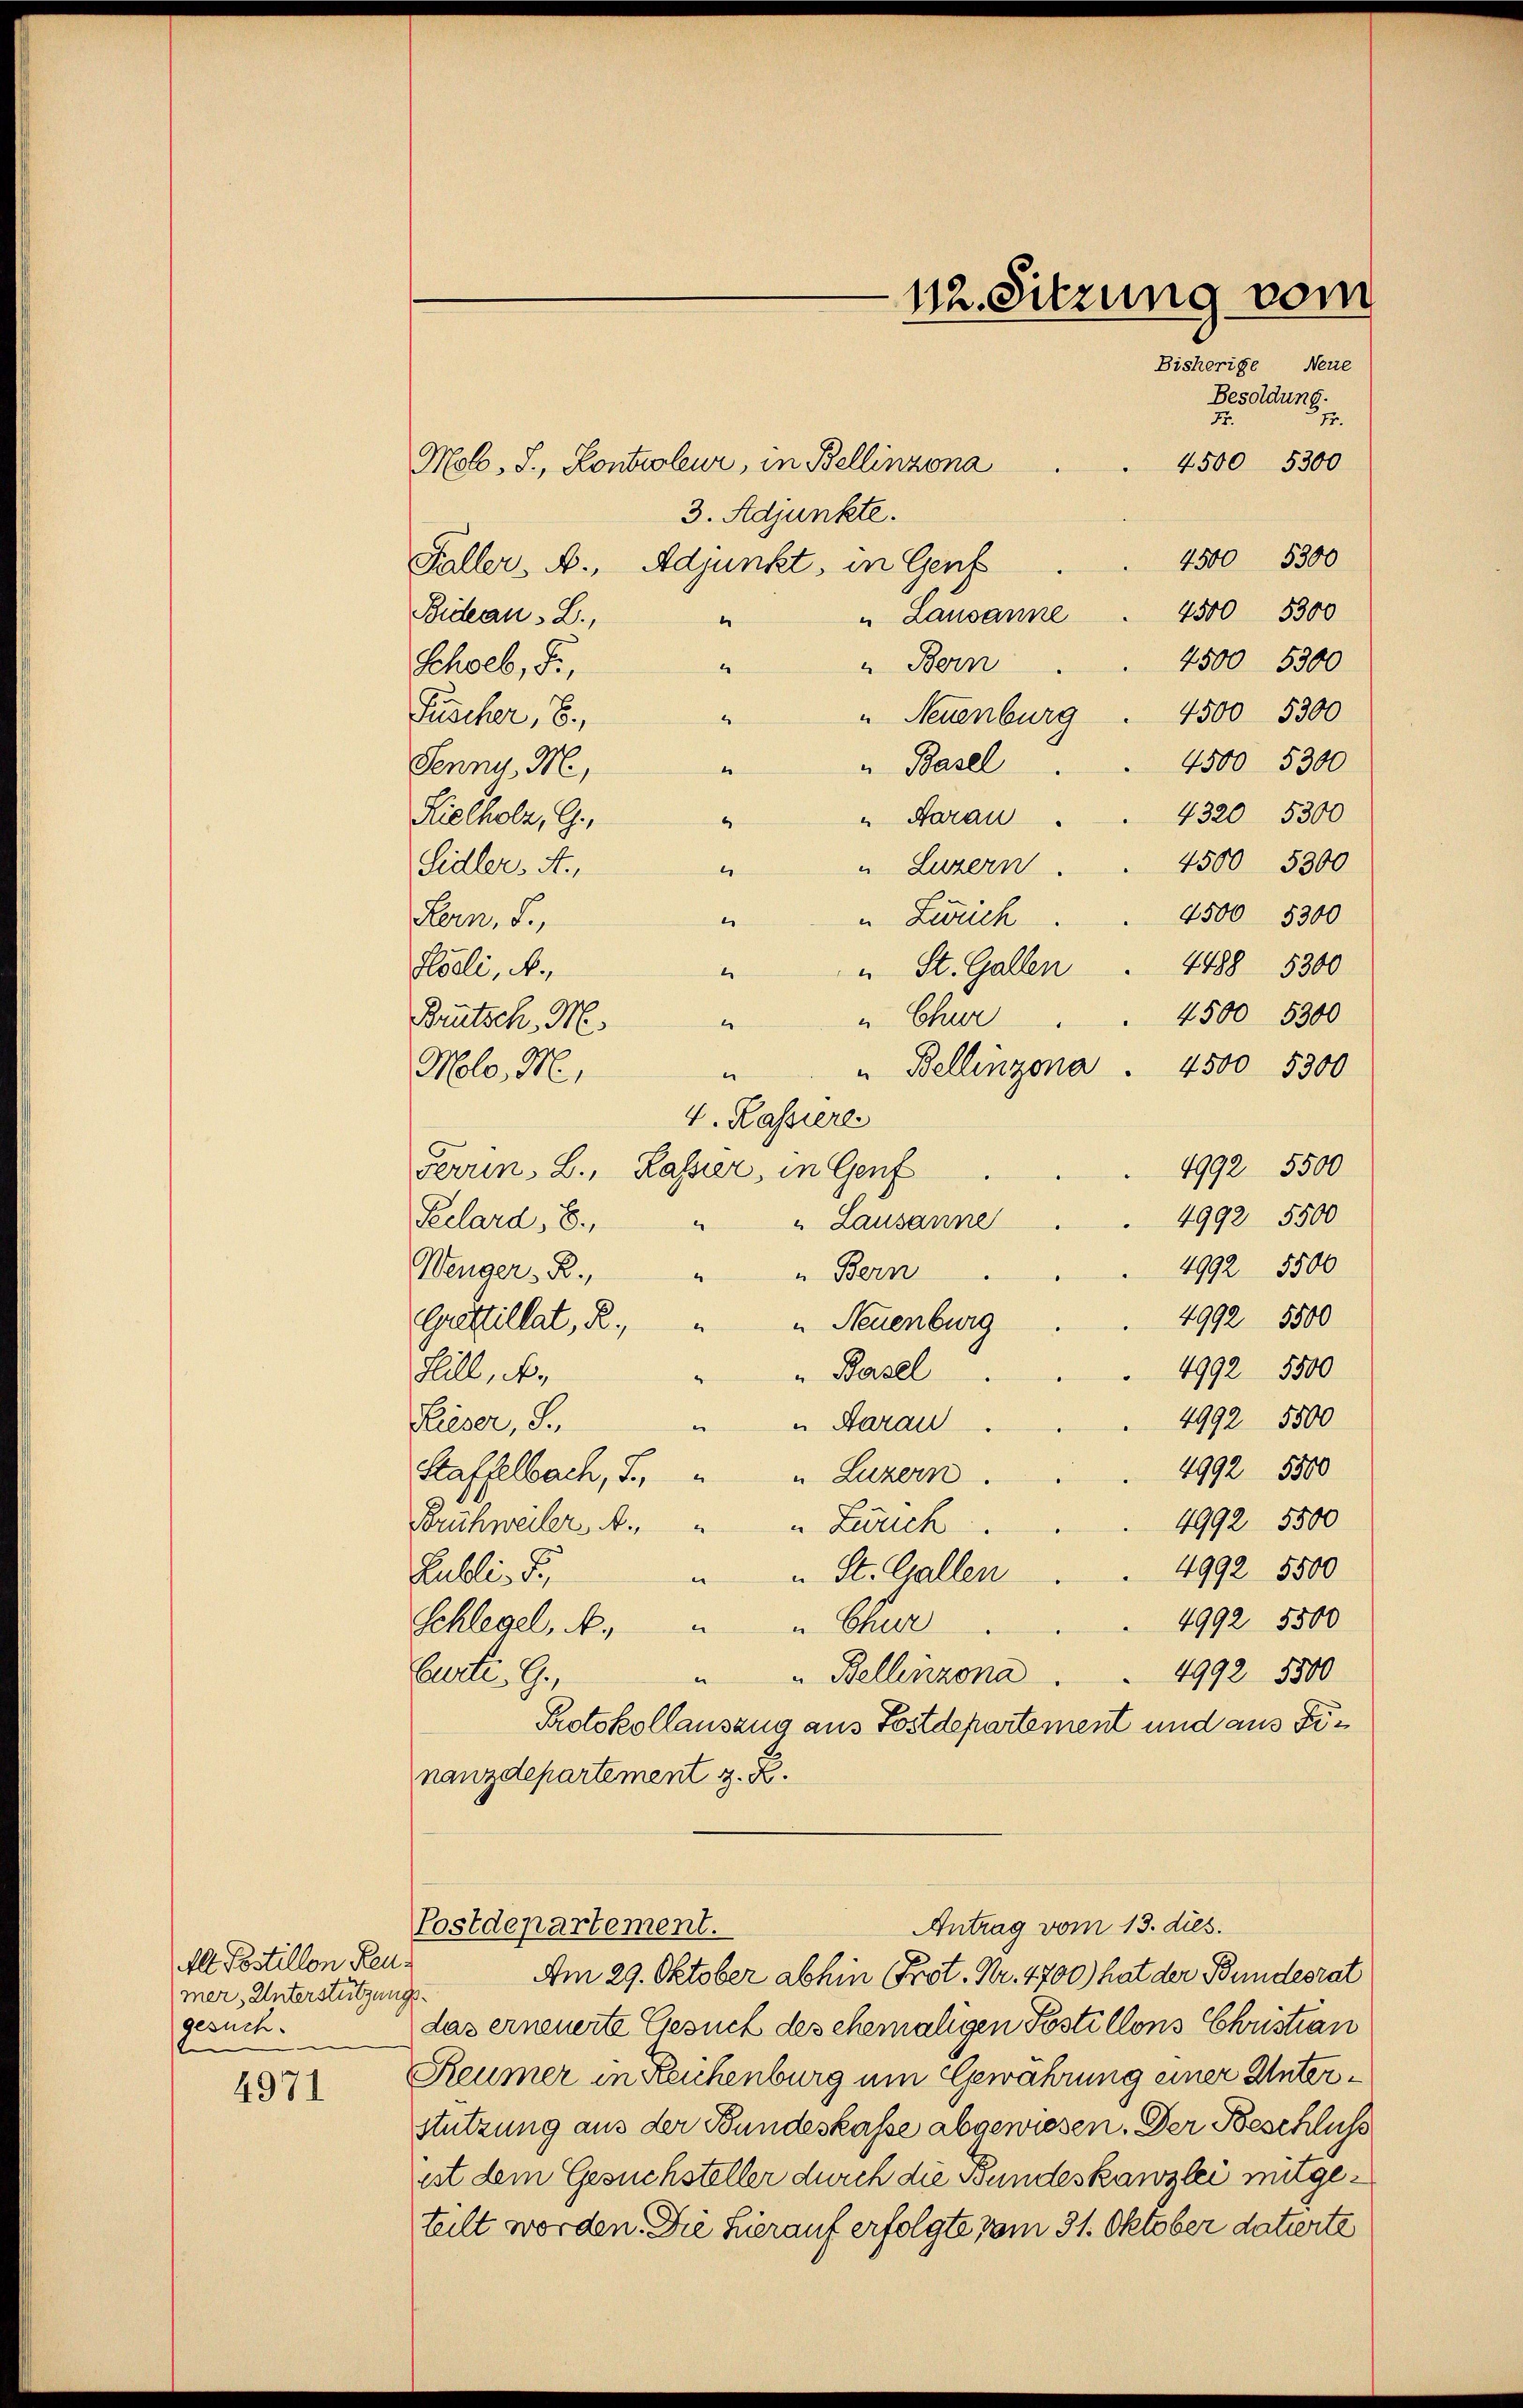
Alt Postillon Reu
mer, Unterstützungsgesuch.

4971

112. Sitzung vom
Bisherige Neue
Besoldung.

77.
77.
Mol. J., Kontroleur, in Bellinzona
4500 5300
3. Adjunkte.
4500 5300
Faller. A. Adjunkt, in Genf
4500 5300
Bideau. L.,
"Lausanne
.
4500 5300
Bern
Schoeb, di
.
" Neuenburg . 4500 5300
Puscher, 6.
“
4500 5300
u Basel
Jenny, M.
.
4320 5300
Kielholz, G.
" Aarau
4500 5300
Sidler, A.,
" Luzern
1
4500 5300
.
Lern, d.
"Zürich
4488 5300
Iseli, A
" St. Gallen
e
4500 5300
" Chur
Brutsch. M.
e
" Bellinzona . 4500 5300
Molo, M.
e
4. Kassiere
4992 5500
Gerrin, L., Kassier, in Genf
4992 5500
Seclard, E.,
"Lausanne
4992 5500
Wenger. R.,
" Bern
“
4992 5500
Grettillat, R. " " Neuenburg
4992 5500
" Basel
Hlill, k.
4992 5500
Rieser, S.
" Aarau
e
4992 5500
Kaffelbach, S.
" Luzern
4992 5500
Krühweiler A. " " Zürich
4992 5500
Lubli, S.
" St. Gallen
4992 5500
Churr
Schlegel, N.
4992 8800
Curti. G.,
" Bellinzona
d
Protokollauszug aus Postdepartement und aus Finanzdepartement z. B.

Antrag vom 13. dies.
Postdepartement.

Am 29. Oktober abhin (Prot. Nr. 4700) hat der Bundesrat
das erneuerte Gesuch des ehemaligen Postillons Christian
Reumer in Reichenburg ein Gewahrung einer Unterstützung aus der Bundeskasse abgewiesen. Der Beschluss
ist dem Gesuchsteller durch die Bundeskanzlei mitgeteilt worden. Die hierauf erfolgte vom 31. Oktober datirte